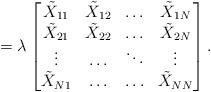
LaTeX: \begin{align*}=\lambda\begin{bmatrix}\tilde{X}_{11} & \tilde{X}_{12}& \hdots & \tilde{X}_{1N} \\\tilde{X}_{21} & \tilde{X}_{22} & \hdots & \tilde{X}_{2N} \\\vdots & \hdots & \ddots & \vdots \\\tilde{X}_{N1} & \hdots & \hdots & \tilde{X}_{NN}\\\end{bmatrix}.\end{align*}